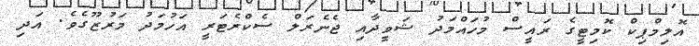
އޮލިމްޕިކް ކޮމިޓީގެ ރައީސް މުހައްމަދު ޝަވީދާއި ޖެނެރަލް ސެކްރެޓަރީ އަހުމަދު މަރުޒޫގެވެ. އަދި